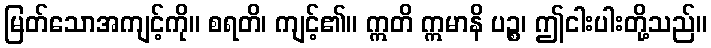
မြတ်သောအကျင့်ကို။ စရတိ၊ ကျင့်၏။ ဣတိ ဣမာနိ ပဉ္စ၊ ဤငါးပါးတို့သည်။